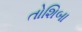
તોશિબા